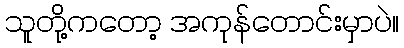
သူတို့ကတော့ အကုန်တောင်းမှာပဲ။